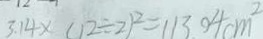
3 . 1 4 \times ( 1 2 \div 2 ) ^ { 2 } = 1 1 3 . 0 4 c m ^ { 2 }